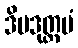
ဒိပဒုတ္တမံ